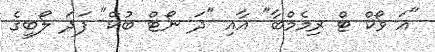
"އަ ވޯކް ޓް ރިމެމްބާ" އާއި "ދަ ނޯޓް ބުކް" ފަދަ ލޯބީގެ